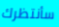
سأنتظرك